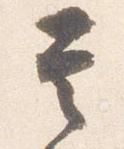
其